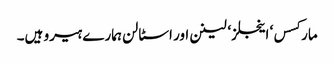
مارکسس‘ اینجلز ‘ لینن اور اسٹالن ہمارے ہیرو ہیں۔